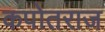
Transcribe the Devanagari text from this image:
कपोतराज